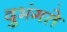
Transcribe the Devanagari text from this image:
दुभंगते